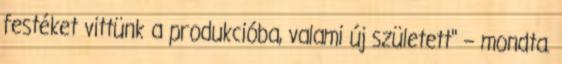
festéket vittünk a produkcióba, valami új született" – mondta.